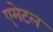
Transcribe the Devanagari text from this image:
एमेटल